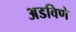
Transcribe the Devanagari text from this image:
अडविणे